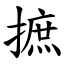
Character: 摭